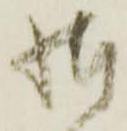
様